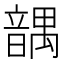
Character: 𱂒